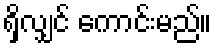
ရှိလျှင် ကောင်းမည်။